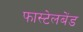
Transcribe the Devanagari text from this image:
फास्टेलबेंड